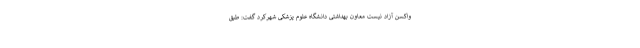
واکسن آزاد نیست معاون بهداشتی دانشگاه علوم پزشکی شهرکرد گفت: طبق